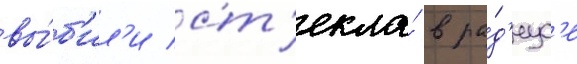
вы́б'ил'и ст'екла́ в ра́д'иус'е